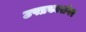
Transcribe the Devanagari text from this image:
उपप्रकारांवर